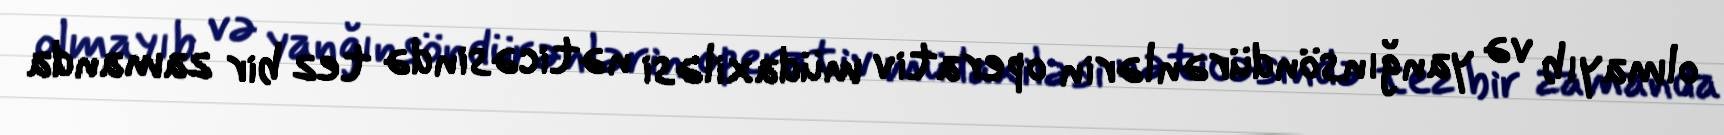
olmayıb və yanğınsöndürənlərin operativ müdaxiləsi nəticəsində tez bir zamanda